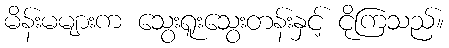
မိန်းမများက သွေးရူးသွေးတန်းနှင့် ငိုကြသည်။